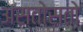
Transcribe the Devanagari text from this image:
अस्तोसतो